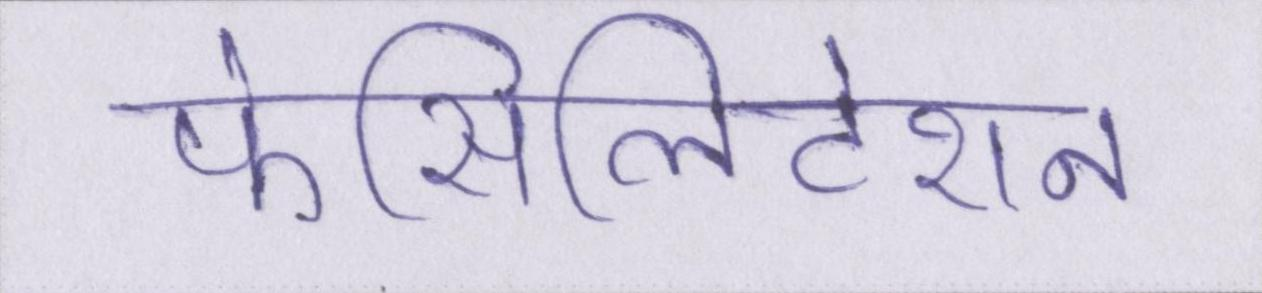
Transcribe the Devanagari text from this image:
फेसिलिटेशन